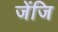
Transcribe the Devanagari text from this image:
जेंजि